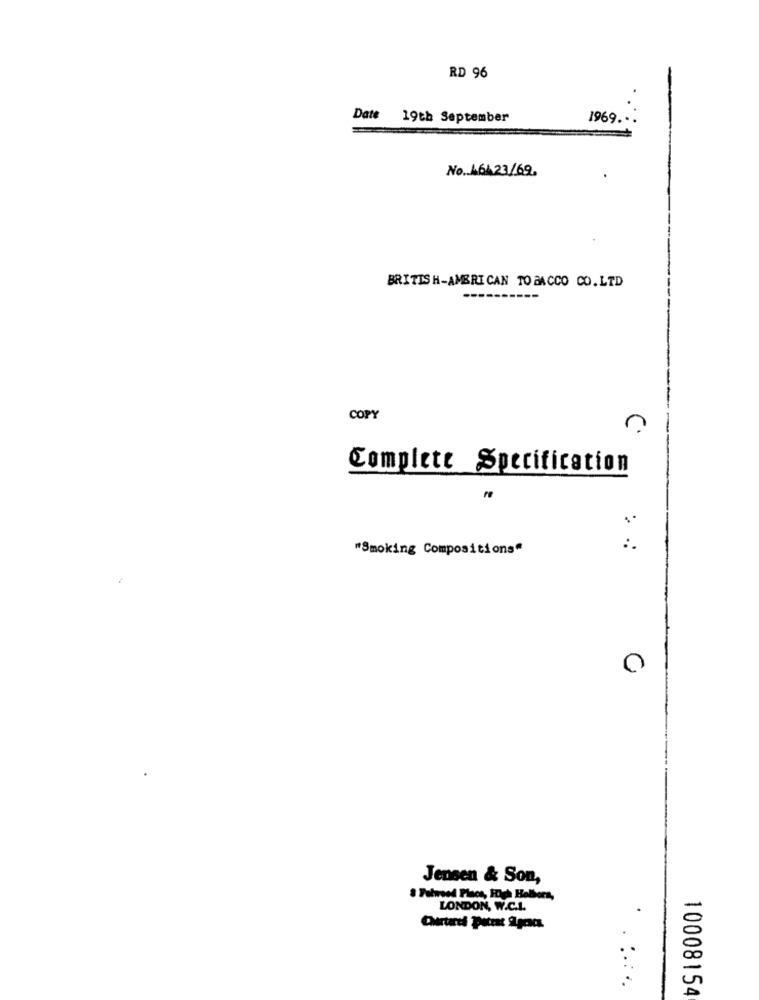
RD 96
Date 19th September
1969 .-.
No. 461 23/69.
BRITISH-AMERICAN TOBACCO CO.LTD
COPY
n
Complete Specification
"Smoking Compositions"
:.
0
Jensen & Son,
LONDON, W.C.I.
Chartered Pitrat Apenas
10008154